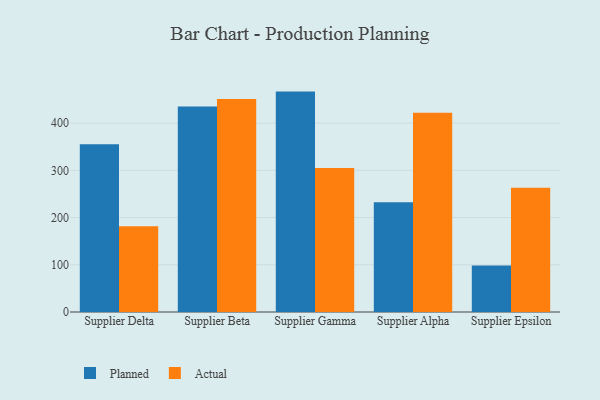
{"axis": {"x": "Supplier", "y": "Backlog"}, "legend": ["Actual", "Planned"], "data": [{"x": "Supplier Delta", "y": 355.3, "type": "Planned"}, {"x": "Supplier Delta", "y": 181.7, "type": "Actual"}, {"x": "Supplier Beta", "y": 435.3, "type": "Planned"}, {"x": "Supplier Beta", "y": 451.2, "type": "Actual"}, {"x": "Supplier Gamma", "y": 466.9, "type": "Planned"}, {"x": "Supplier Gamma", "y": 305.2, "type": "Actual"}, {"x": "Supplier Alpha", "y": 232.5, "type": "Planned"}, {"x": "Supplier Alpha", "y": 422.0, "type": "Actual"}, {"x": "Supplier Epsilon", "y": 98.7, "type": "Planned"}, {"x": "Supplier Epsilon", "y": 263.4, "type": "Actual"}]}